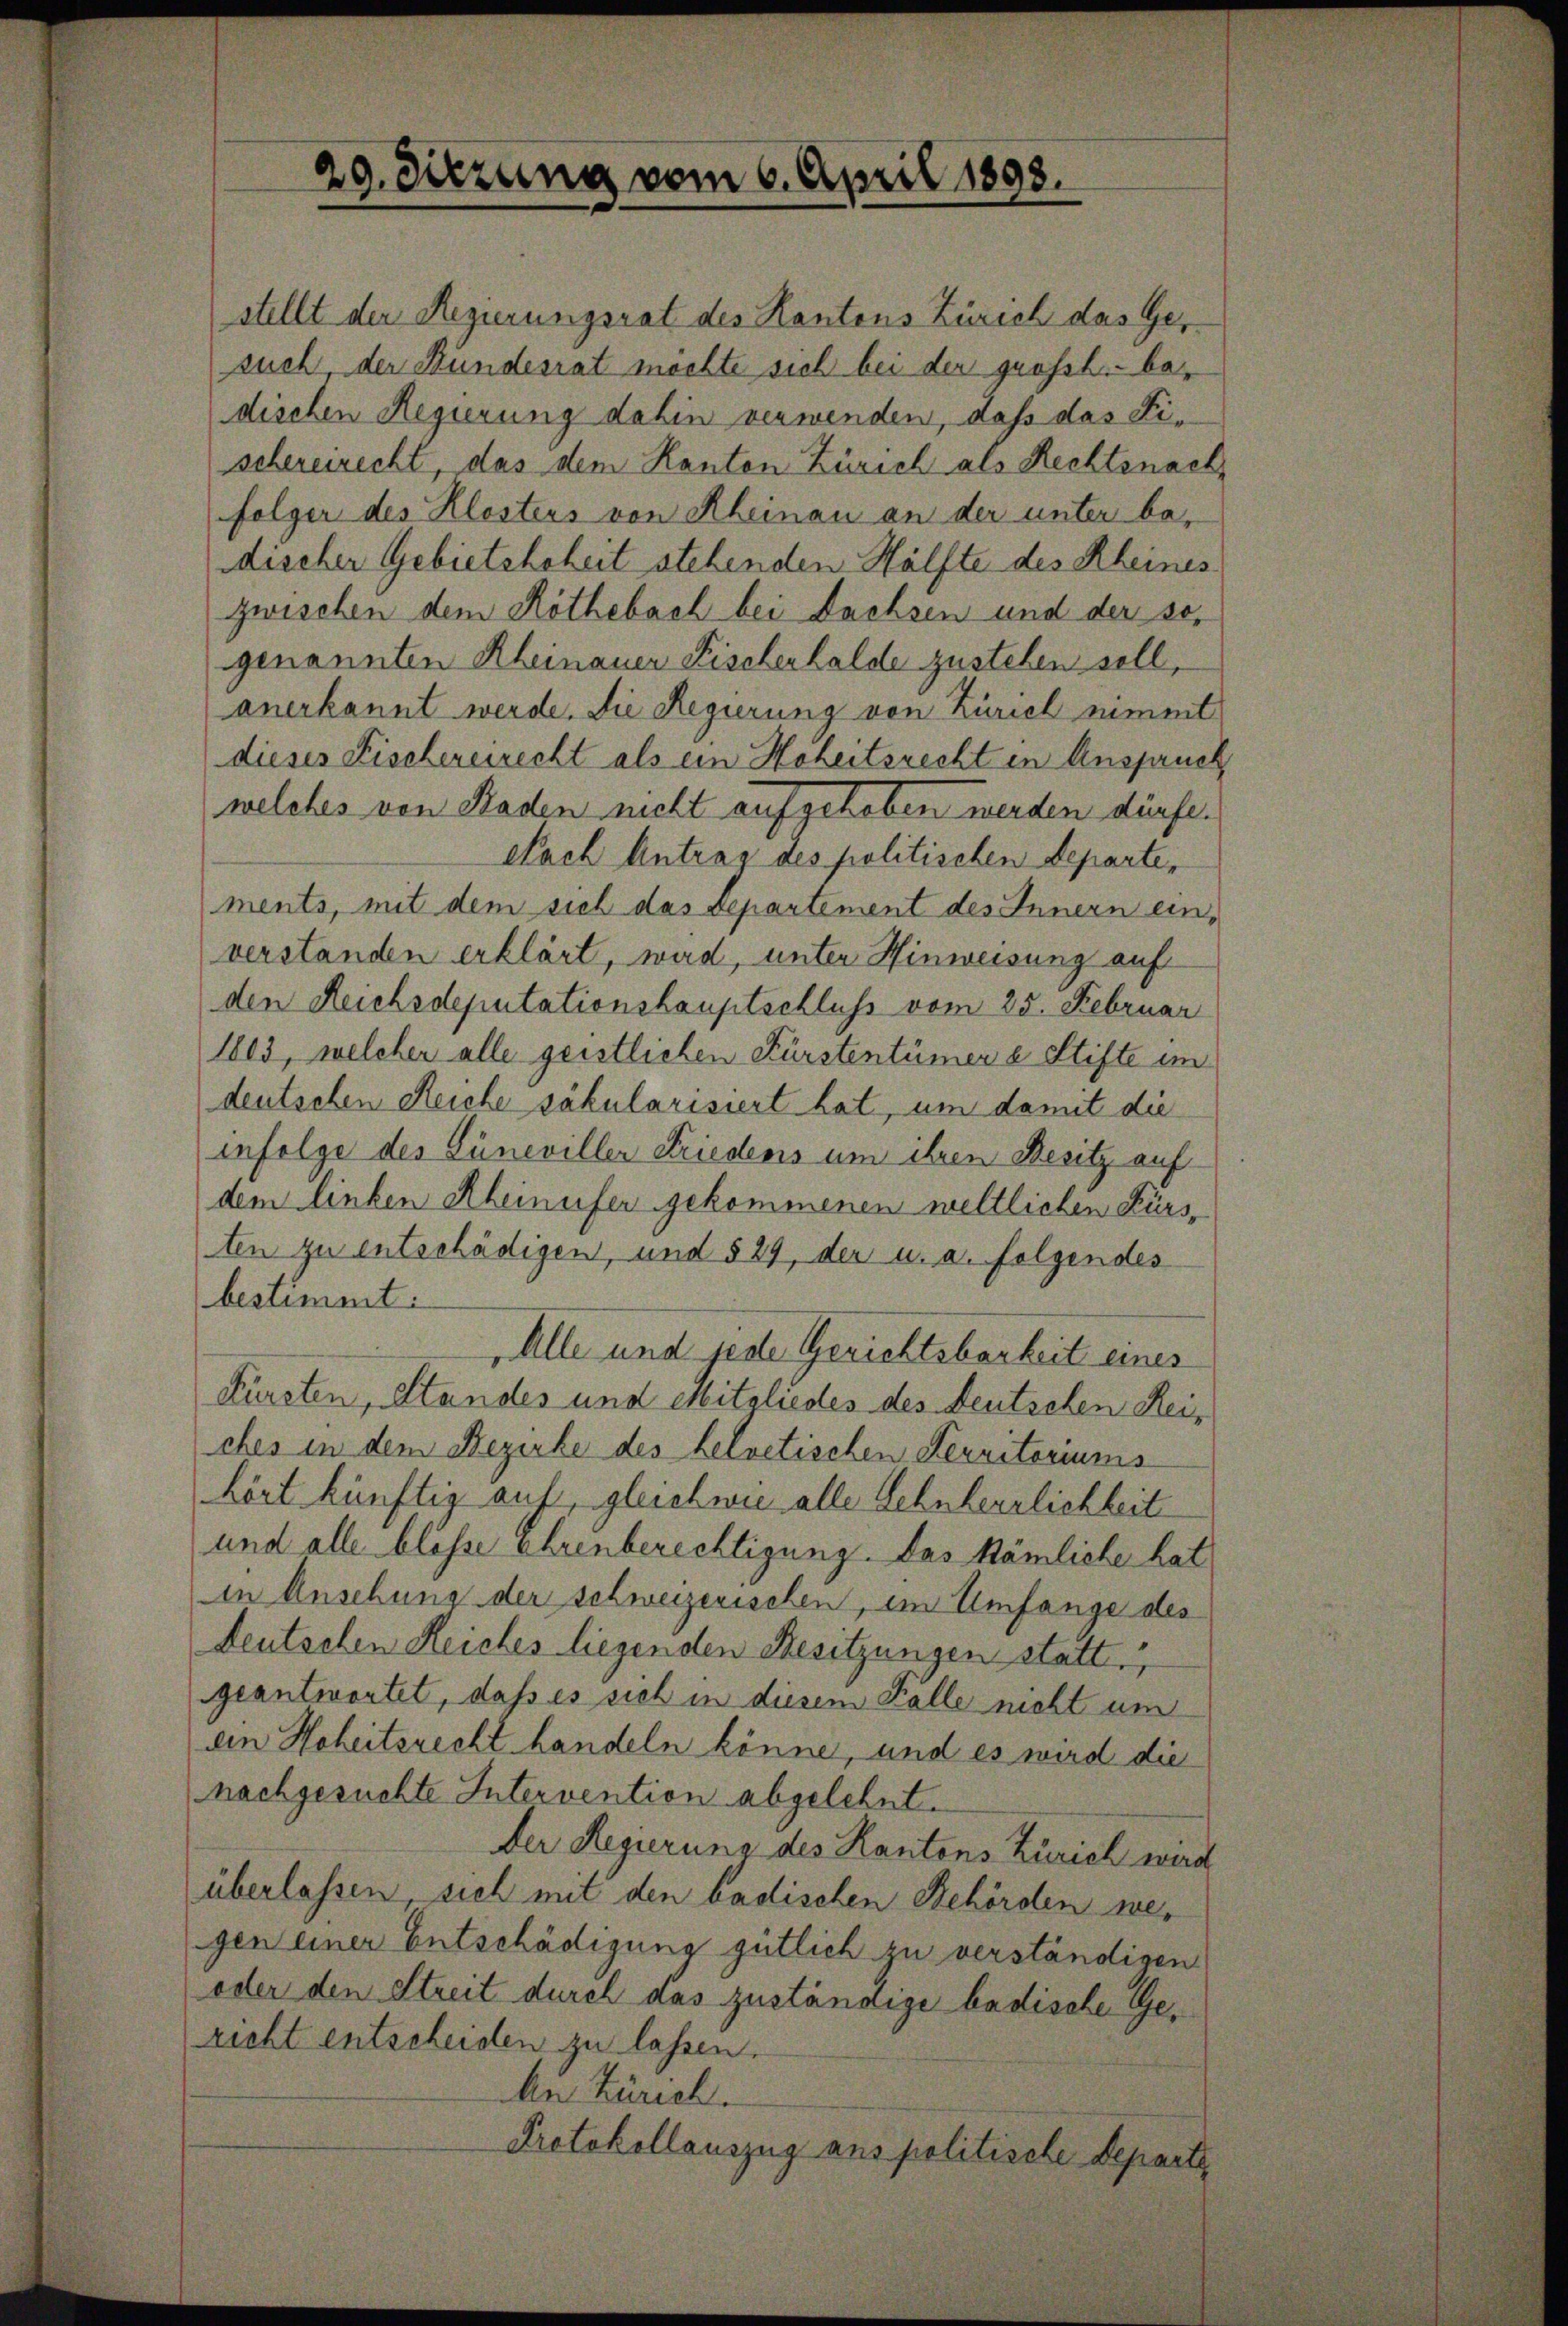
29. Sitzung vom 6. April 1898.

stellt der Regierungsrat des Kantons Zürich das Gesuch, der Bundesrat möchte sich bei der grossh. bedischen Regierung dahin verwenden, daß das Fischereirecht, das dem Kanton Zürich als Rechtsnach,
folger des Klostens von Rheinau an der unter bedischer Gebietehrheit stehenden Hälfte des Rheines
zwischen dem Röthebach bei Dachsen und der sogenannten Rheinauer Fischerhalde zustehen soll,
anerkannt werde. Die Regierung von Zürich nimmt
dieses Fischereirecht als ein Hoheitsrecht in Anspruch
welches von Kaden nicht aufgehoben werden dürfe.
Nach Antrag des politischen Departe,
ments, mit dem sich das Departement des Innern einverstanden erklärt, wird, unter Hinweisung auf
den Reichsdeputationshauptschluß vom 25. Februar
1803, welcher alle geistlichen Fürstentümer e Stifte im
deutschen Reiche säkularisiert hat, um damit die
infolge des Lüneviller Friedens um ihren Besitz auf
dem linken Rheinufer gekommenen weltlichen Fürsten zu entschädigen, und § 29, der u. a. folgendes
bestimmt:
Alle und jede Gerichtsbarkeit eines
Fürsten, Standes und Mitgliedes des Deutschen Reiches in dem Bezirke des helvetischen Territoriums
hört künftig auf, gleichwie alle Lehnherrlichkeit
und alle blosse ehrenberechtigung. Das kämliche hat
in Ansehung der schweizerischen, im Umfange des
deutschen Reiches liegenden Besitzungen statt.
geantwortet, daß es sich in diesem Fälle nicht um
ein Hoheitsrecht handeln könne, und es wird die
nachgesuchte Intervention abgelehnt.
Der Regierung des Kantons Zürich wird
überlassen sich mit den badischen Behörden wegen einer Entschädigung gütlich zu verständigen
oder den Streit durch das zuständige badische Gericht entscheiden zu lassen.
An Zürich.
Protokollauszug aus politische Departe